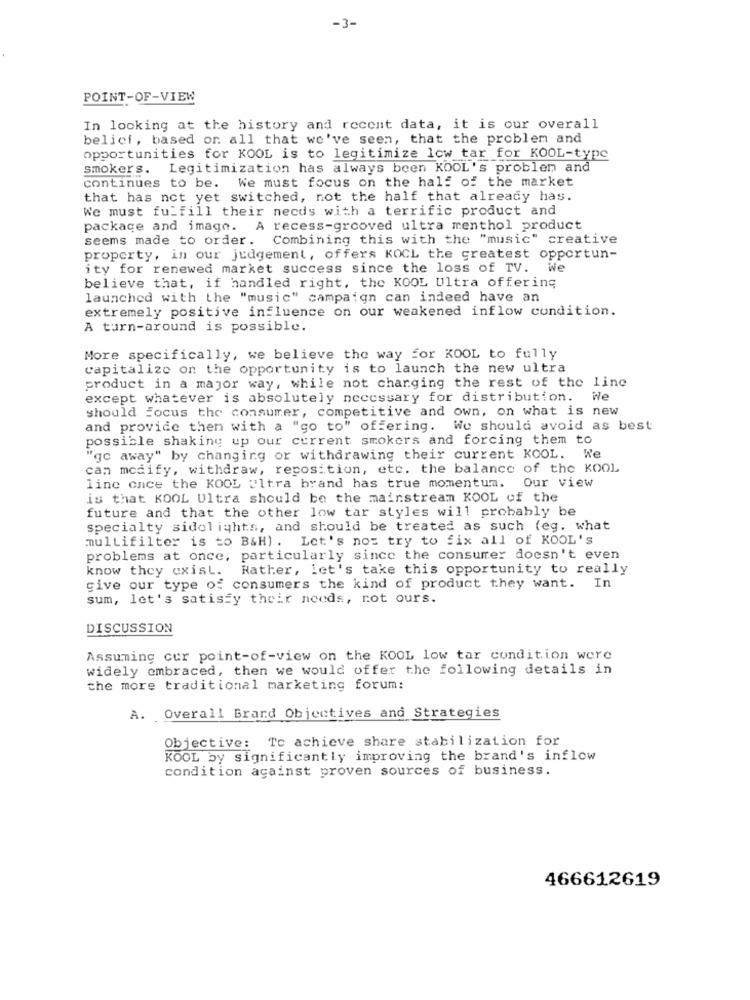
-3-
POINT-OF-VIEW
In looking at the history and recent data, it is our overall
belici, based or. all that we've seen, that the problem and
opportunities for KOOL is to legitimize low tar for KOOL-type
smokers. Legitimization has always been KOOL's problem and
continues to be. We must focus on the half of the market
that has not yet switched, not the half that already has.
We must fulfill their needs with a terrific product and
package and image. A recess-grooved ultra menthol product
seems made to order. Combining this with the "music" creative
property, in our judgement, offers KOCL the greatest opportun-
ity for renewed market success since the loss of TV. We
believe that, if handled right, the KOOL Ultra offering
launched with the "music" campaign can indeed have an
extremely positive influence on our weakened inflow condition.
A turn-around is possible.
More specifically, we believe the way for KOOL to fully
capitalize on the opportunity is to launch the new ultra
product in a major way, while not charging the rest of the Line
except whatever is absolutely necessary for distribution.
We
should focus the consumer, competitive and own, on what is new
and provide them with a "go to" offering. We should avoid as best
possible shaking up our current smokers and forcing them to
"gc away" by changing or withdrawing their current KOOL. We
can modify, withdraw, reposition, etc. the balance of the KOOL
line once the KOOL Ultra brand has true momentum. Our view
is that KOOL Ultra should be the mainstream KOOL of the
future and that the other low tar styles will probably be
specialty sidolights, and should be treated as such (eg. what
multifilter is to B&H) . Let's not try to fix all of KOOL's
problems at once, particularly since the consumer doesn't even
know they exist. Rather, let's take this opportunity to really
give our type of consumers the kind of product they want. In
sum, let's satisfy their needs, rot ours.
DISCUSSION
Assuming cur point-of-view on the KOOL low tar condition were
widely embraced, then we would offer the following details in
the more traditional marketing forum:
A. Overall Brard Objectives and Strategies
Objective: To achieve share stabilization for
KOOL by significantly improving the brand's inflow
condition against proven sources of business.
466612619